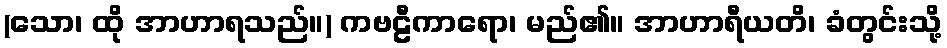
(သော၊ ထို အာဟာရသည်။) ကဗဠီကာရော၊ မည်၏။ အာဟာရီယတိ၊ ခံတွင်းသို့